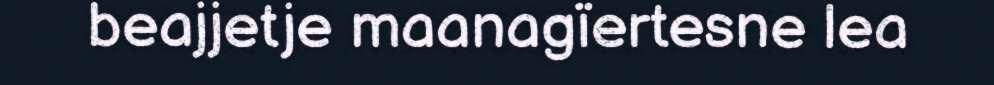
beajjetje maanagïertesne lea